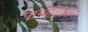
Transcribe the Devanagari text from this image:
पामोलियन